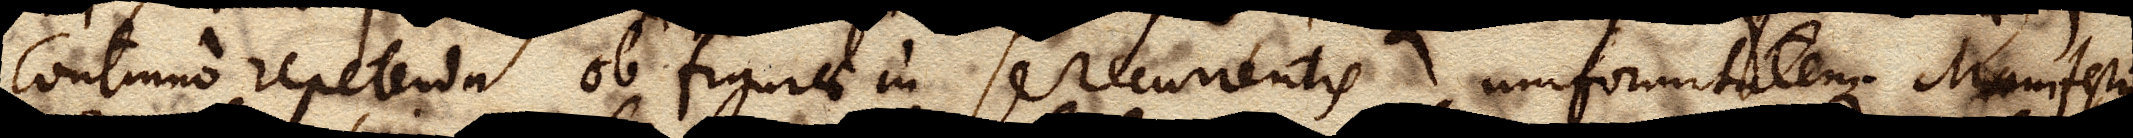
continuo repetenda ob figurae in se recurrentis uniformitatem. Manifestum